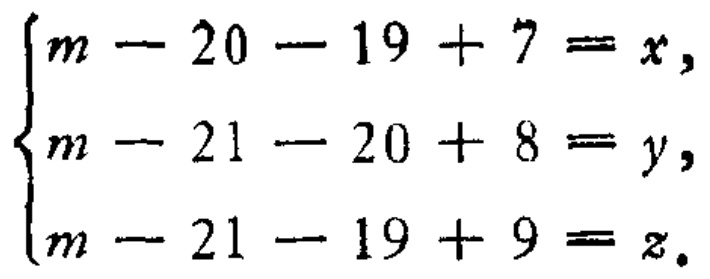
\[\begin{cases}

m - 20 - 19 + 7 = x,\\

m - 21 - 20 + 8 = y,\\

m - 21 - 19 + 9 = z.

\end{cases}\]